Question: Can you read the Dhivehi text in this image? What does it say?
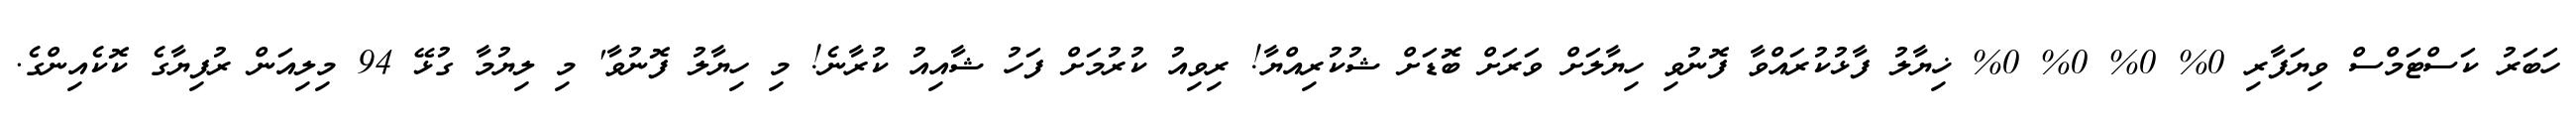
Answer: ހަބަރު ކަސްޓަމްސް ވިޔަފާރި 0% 0% 0% 0% ޚިޔާލު ފާޅުކުރައްވާ ފޮނުވި ހިޔާލަށް ވަރަށް ބޮޑަށް ޝުކުރިއްޔާ! ރިވިއު ކުރުމަށް ފަހު ޝާއިއު ކުރާނެ! މި ހިޔާލު ފޮނުވާ' މި ލިޔުމާ ގުޅޭ 94 މިލިއަން ރުފިޔާގެ ކޮކެއިންގެ.